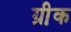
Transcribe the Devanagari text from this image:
ग्री़क